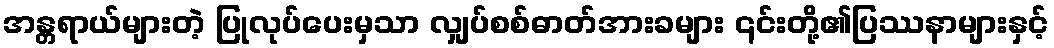
အန္တရာယ်များတဲ့ ပြုလုပ်ပေးမှသာ လျှပ်စစ်ဓာတ်အားခများ ၎င်းတို့၏ပြဿနာများနှင့်